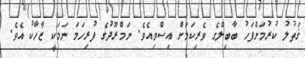
ޤަތުލު ކުރުމަށްފަހު ބާބިލްގެ ވެރިކަމަށް އިސްވިއެވެ. ނަމްރޫދުގެ ފުރިހަމަ ނަމަކީ ޒާހާކު އެވެ.